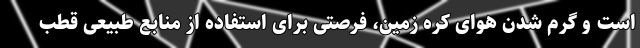
است و گرم شدن هوای کره زمین، فرصتی برای استفاده از منابع طبیعی قطب